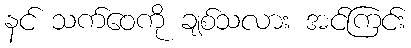
နင် သက်ဝေကို ချစ်သလား အင်ကြင်း